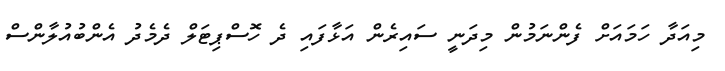
މިއަދާ ހަމައަށް ފެންނަމުން މިދަނީ ސައިރެން އަޅާފައި ދެ ހޮސްޕިޓަލް ދެމެދު އެންބުއުލާންސް